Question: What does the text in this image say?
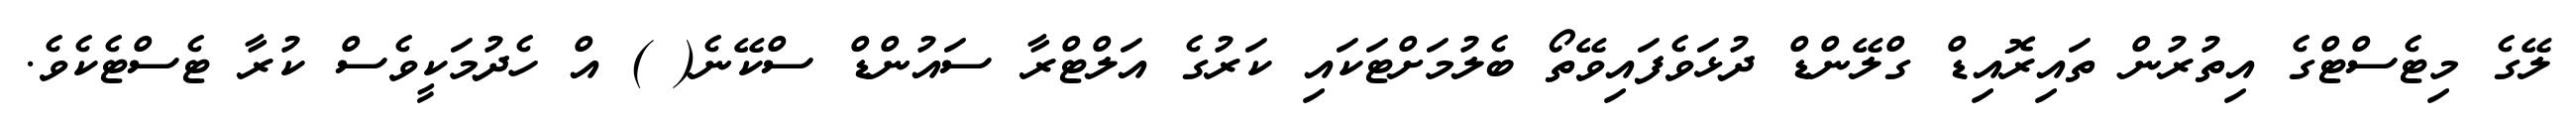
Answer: ލޭގެ މިޓެސްޓްގެ އިތުރުން ތައިރޮއިޑް ގްލޭންޑް ދުޅަވެފައިވޭތޯ ބެލުމަށްޓަކައި ކަރުގެ އަލްޓްރާ ސައުންޑް ސްކޭނެ( ) އް ހެދުމަކީވެސް ކުރާ ޓެސްޓެކެވެ.